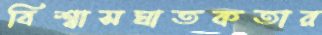
বিশ্বাসঘাতকতার